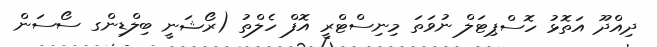
ދިއްދޫ އަތޮޅު ހޮސްޕިޓަލް ނުވަތަ މިނިސްޓްރީ އޮފް ހެލްތު (ރޯޝަނީ ބިލްޑިންގ ސޯސަން